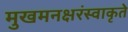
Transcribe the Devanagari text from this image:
मुखमनक्षरंस्वाकृते